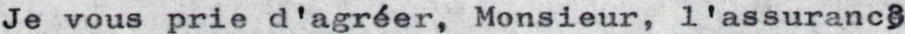
Je vous prie d'agréer,Monsieur, l'assuranc3